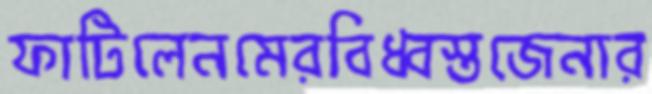
ফাটিলেনমেরবিধ্বস্তজেনার